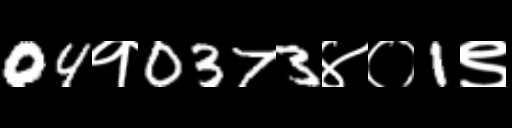
Text: 04१0373४०1९